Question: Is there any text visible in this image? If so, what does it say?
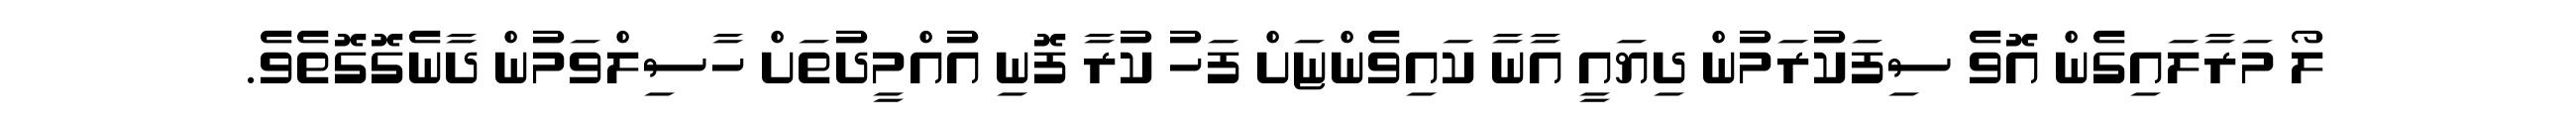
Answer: ލޯ މަރާލައިގެން އޮވެ ސިފަކުރަމުން ދިޔައީ އާނާ ކައިވެންޏަށް ފަހު ކުރާ ފޮނި އުއްމީދުތަށް ހާސިލްވަމުން ދާނެގޮގޮތެވެ.